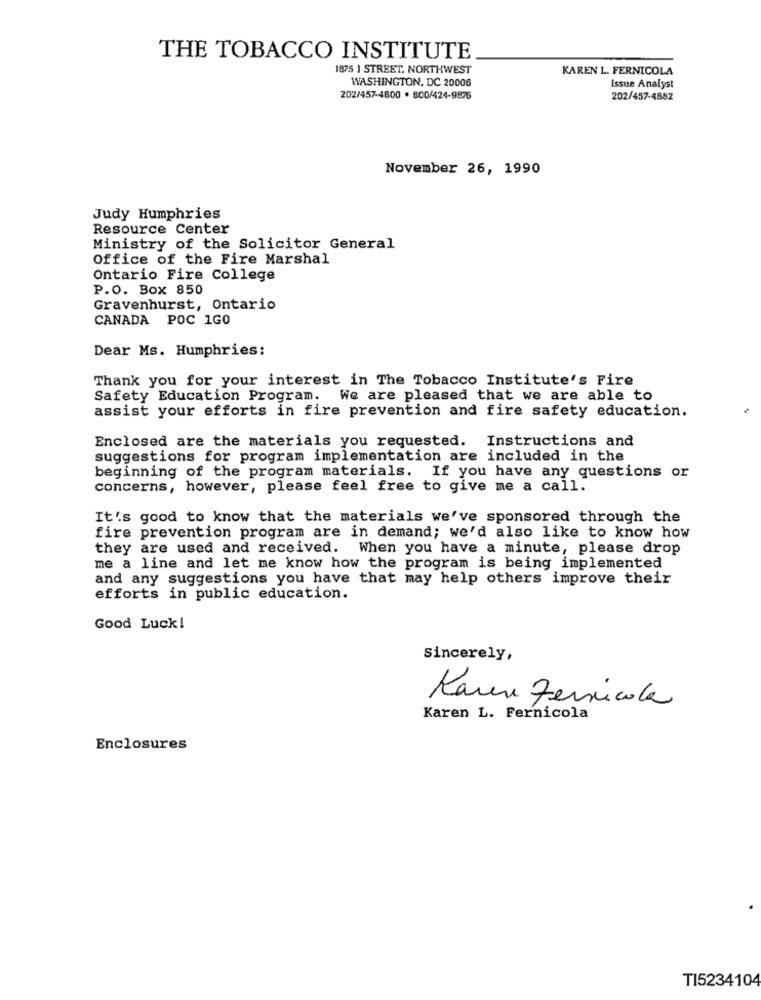
THE TOBACCO INSTITUTE
1875 1 STREET. NORTHWEST
KAREN L. FERNICOLA
WASHINGTON, DC 20006
Issue Analyst
202/457-4800 . 800/424-9876
202/457-4882
November 26, 1990
Judy Humphries
Resource Center
Ministry of the Solicitor General
Office of the Fire Marshal
Ontario Fire College
P.O. Box 850
Gravenhurst, Ontario
CANADA POC 1GO
Dear Ms. Humphries:
Thank you for your interest in The Tobacco Institute's Fire
Safety Education Program. We are pleased that we are able to
assist your efforts in fire prevention and fire safety education.
Enclosed are the materials you requested. Instructions and
suggestions for program implementation are included in the
beginning of the program materials. If you have any questions or
concerns, however, please feel free to give me a call.
It's good to know that the materials we've sponsored through the
fire prevention program are in demand; we'd also like to know how
they are used and received. When you have a minute, please drop
me a line and let me know how the program is being implemented
and any suggestions you have that may help others improve their
efforts in public education.
Good Luck!
sincerely,
Karen Fernicola
Karen L. Fernicola
Enclosures
TI5234104